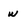
Character: w